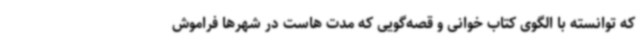
که توانسته با الگوی کتاب خوانی و قصه‌گویی که مدت هاست در شهرها فراموش